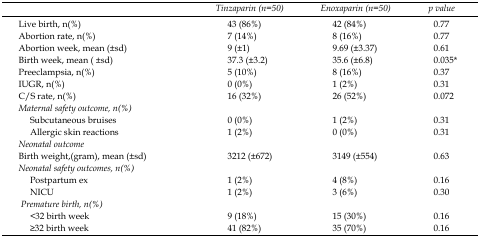
<table><thead><tr><td></td><td><b>Tinzaparin (n=50)</b></td><td><b>Enoxaparin (n=50)</b></td><td><b><i>p </i>value</b></td></tr></thead><tbody><tr><td>Live birth, n(%)</td><td>43 (86%)</td><td>42 (84%)</td><td>0.77</td></tr><tr><td>Abortion rate, n(%)</td><td>7 (14%)</td><td>8 (16%)</td><td>0.77</td></tr><tr><td>Abortion week, mean (±sd)</td><td>9 (±1)</td><td>9.69 (±3.37)</td><td>0.61</td></tr><tr><td>Birth week, mean ( ±sd)</td><td>37.3 (±3.2)</td><td>35.6 (±6.8)</td><td>0.035*</td></tr><tr><td>Preeclampsia, n(%)</td><td>5 (10%)</td><td>8 (16%)</td><td>0.37</td></tr><tr><td>IUGR, n(%)</td><td>0 (0%)</td><td>1 (2%)</td><td>0.31</td></tr><tr><td>C/S rate, n(%)</td><td>16 (32%)</td><td>26 (52%)</td><td>0.072</td></tr><tr><td>Maternal safety outcome, n(%) </td><td></td><td></td><td></td></tr><tr><td>Subcutaneous bruisesAllergic skin reactions</td><td>0 (0%)1 (2%)</td><td>1 (2%)0 (0%)</td><td>0.310.31</td></tr><tr><td>Neonatal outcome</td><td></td><td></td><td></td></tr><tr><td>Birth weight,(gram), mean (±sd)</td><td>3212 (±672)</td><td>3149 (±554)</td><td>0.63</td></tr><tr><td>Neonatal safety outcomes, n(%)</td><td></td><td></td><td></td></tr><tr><td>Postpartum ex NICU</td><td> 1 (2%)1 (2%)</td><td>4 (8%)3 (6%)</td><td>0.160.30</td></tr><tr><td>Premature birth, n(%)</td><td></td><td></td><td></td></tr><tr><td>&lt;32 birth week≥32 birth week</td><td> 9 (18%)41 (82%)</td><td>15 (30%)35 (70%)</td><td> 0.160.16</td></tr></tbody></table>